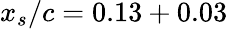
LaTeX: x_{s}/c=0.13+0.03